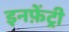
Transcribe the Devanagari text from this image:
इनफ़ेंट्री